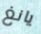
يانغ